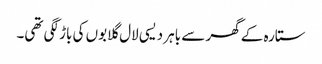
ستارہ کے گھر سے باہر دیسی لال گلابوں کی باڑ لگی تھی۔